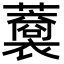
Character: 𧃥